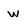
Character: w